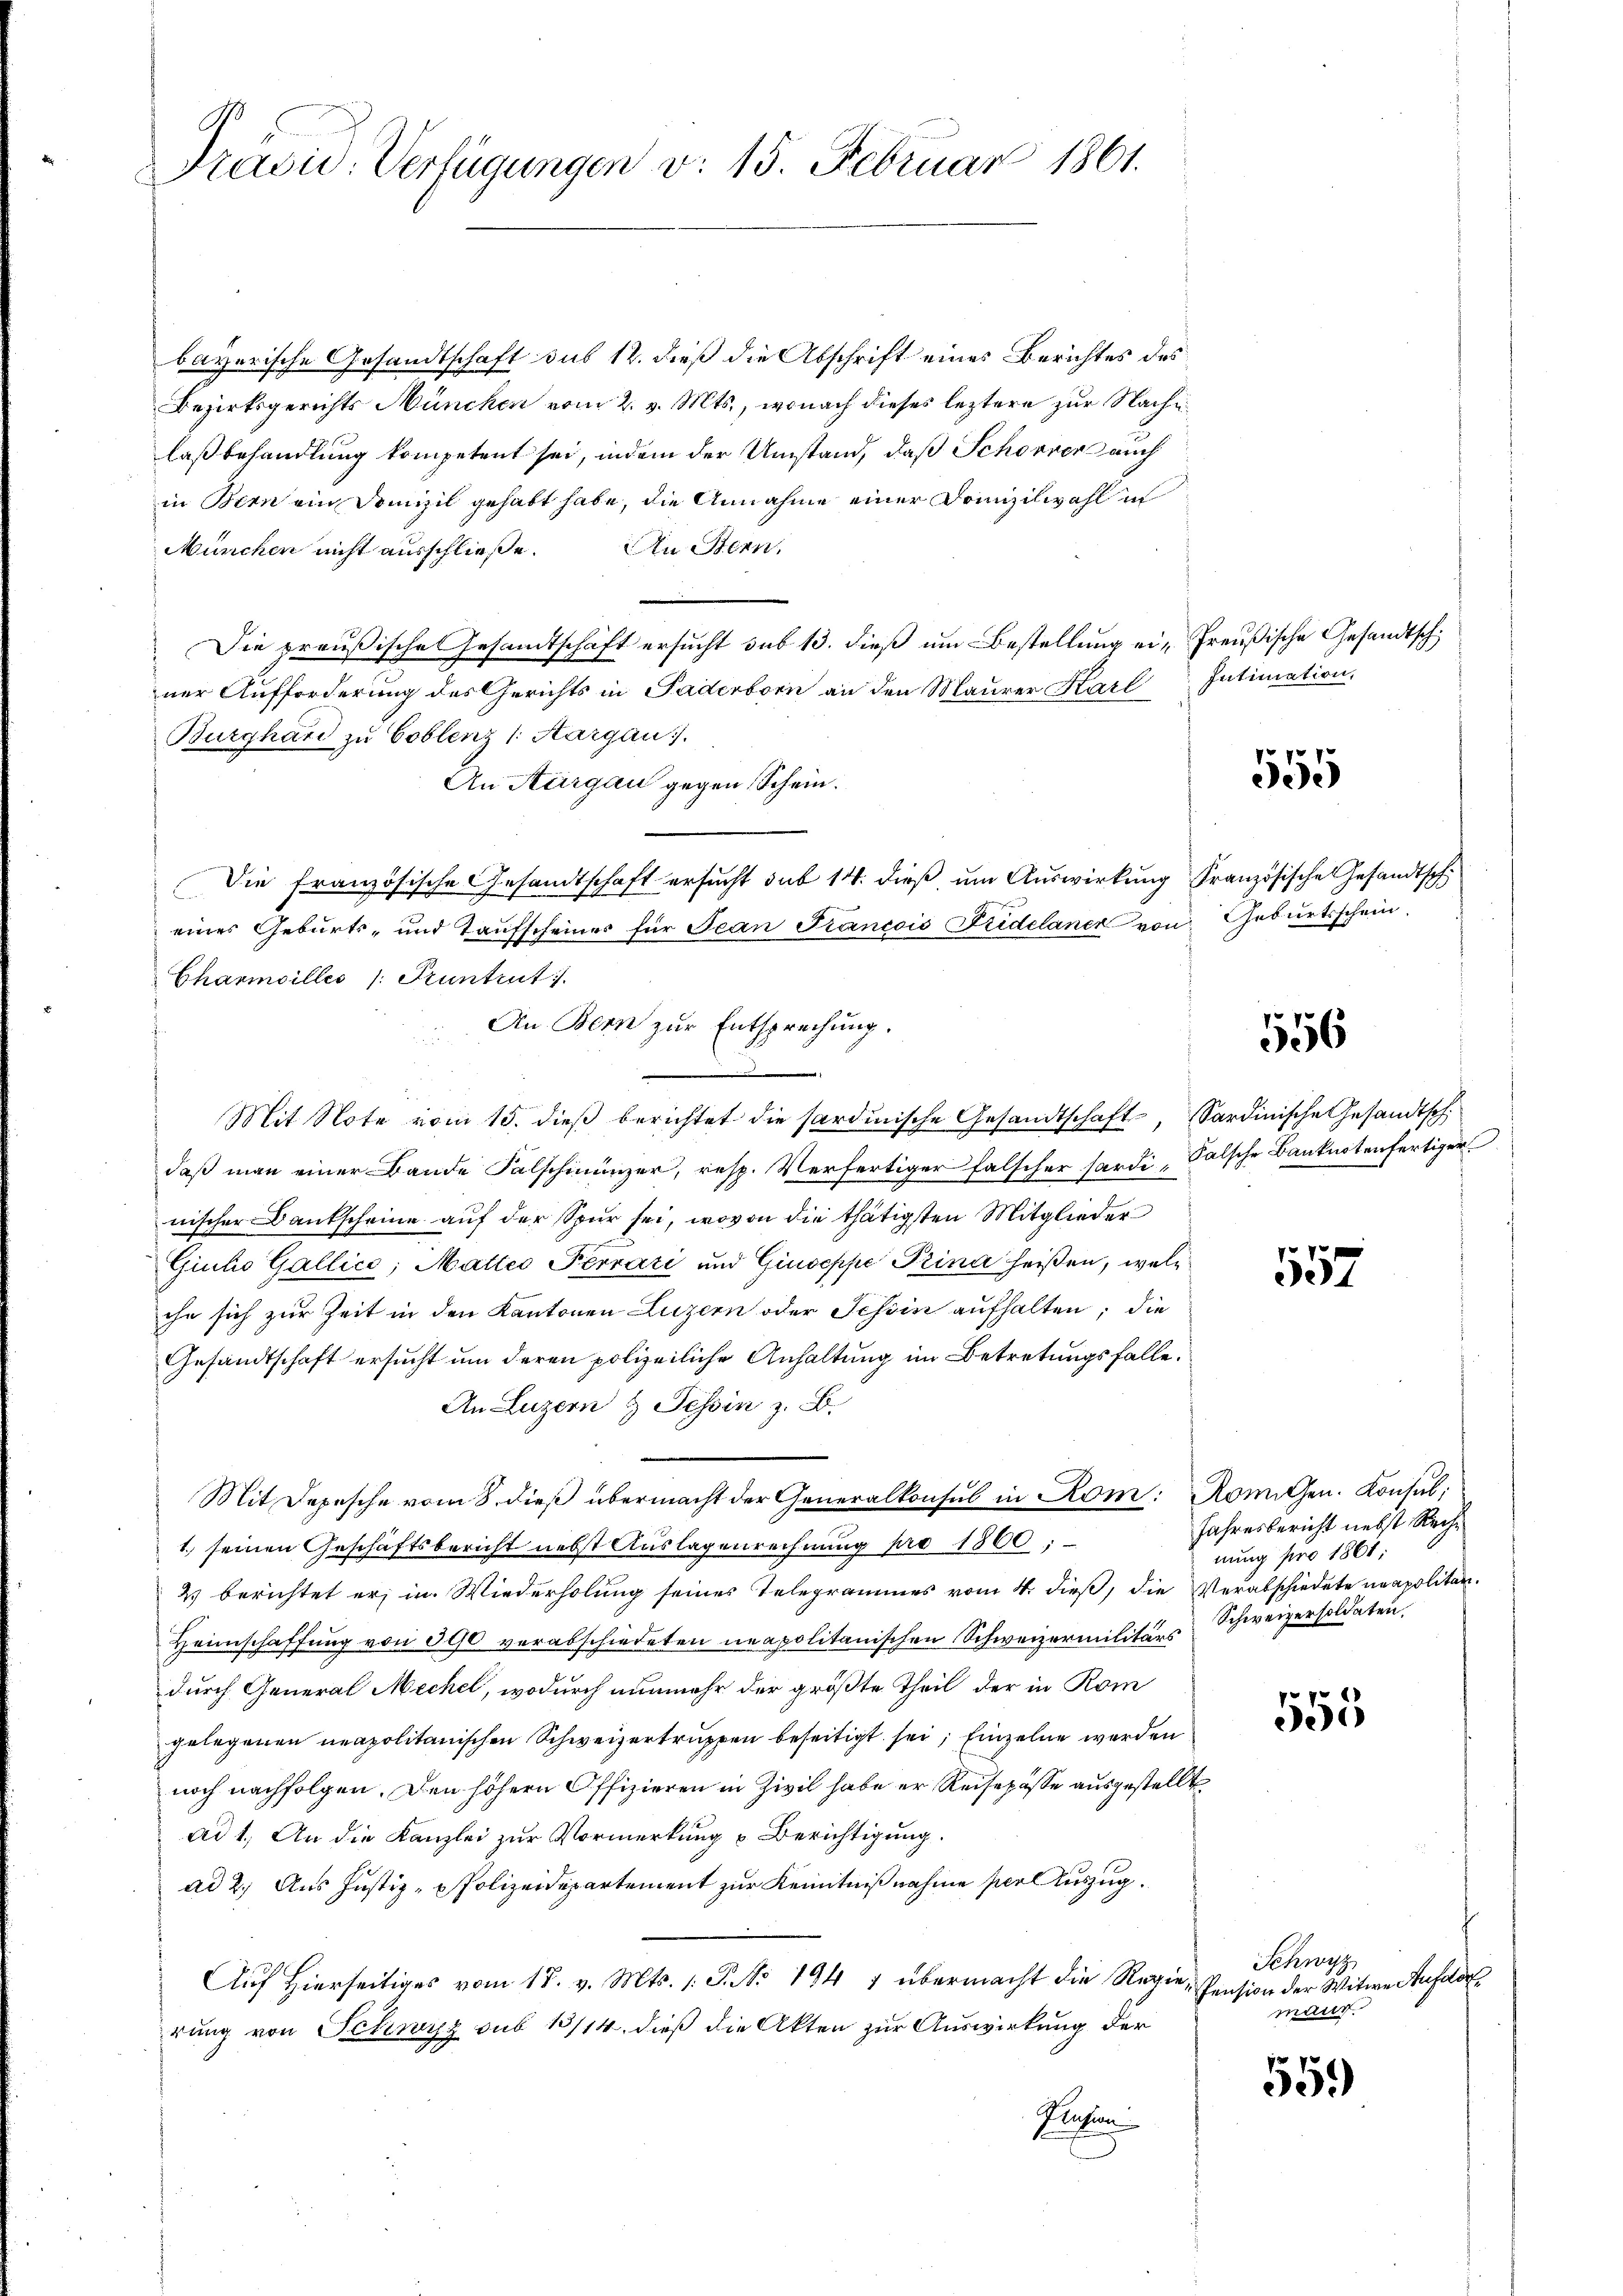
Präsid. Verfügungen v. 15. Februar 1801.

bayerische Gesandtschaft sub 12. dieß die Abschrift eines Berichtes des
Bezirksgerichts München vom 2. v. Mts., wonach dieses leztere zur Nachlaßbehandlung kompetent sei, indem der Umstand, daß Schorner auch
in Bern ein Domizil gehabt habe, die Annahme einer Domizilwahl in
München nicht ausschließe. An Stern
Die preußische Gesamtschaft ersucht sub 13. dieß um Bestellung ei-Preußische Gesandtschner Aufforderung des Gerichts in Paderborn an den Maurer Karl Intimation,
Burghard zu Coblenz /: Aargau.
An Thurgau gegen Schein.
Die französische Gesandtschaft ersucht sub 14. dieß um Auswirkung Französische Gesandtsch
eines Geburts- und Taufscheiner für Jean Francois Fidelaner von Geburtsschein.
Chanmoilles /: Pruntrut
Mit Note vom 15. dieß berichtet die sardinische Gesandtschaft, Sardinische Gesandtsch
daß man einer Bande Falschmünzer, resp. Verfertiger falscher hardi, Falsche Banknotenfertiger
nischer Bankscheine auf der Spur sei, wovon die thätigsten Mitglieder
Giuho Gallice; Matteo Perrari und Giuseppe Prina heißen, welihn sich zur Zeit in den Kantonen Luzern oder Tessin aufhalten; die
Gesandtschaft ersucht um deren polizeiliche Anhaltung im Betretungsfalle.
An Luzern & Tessin z. B.
Mit Depesche vom 8. dieß übermacht der Generalkonsul in Rom: Romigen. Konsul,
1. seinen Geschäftsbericht nebst Auslagenrechnung pro 1800;
2) berichtet er, in Wiederholung seines Telegrammes vom 4. dieß, die Verabschiedete neapolitan¬
Heimschaffung von 390 verabschiedeten neapolitanischen Schweizermilitärs
durch General Mechel, wodurch nunmehr der größte Theil der in Rom
gelegenen neapolitanischen Schweizertruppen beseitigt sei; Einzelne werden
noch nachfolgen. Den höhern Offizieren in Zivil habe er Reisepässe ausgestellt
ad 1. An die Kanzlei zur Vormerkung u Berichtigung.
ad 2. Aus Justiz-Polizeidepartement zur Kenntnißnahme seel Auszug.
Auf Hierseitiges vom 18. v. Mts. 1. P. No 194 1 übermacht die Regierung von Schwyz sub 13/14. dieß die Akten zur Auswirkung der
Plation

An Bern zur Entsprechung.
.

555

556

557

Jahresbericht nebst Rechnung pro 1861:
Schweizersoldaten,

555

Schwyz
Pension der Witwe Aufdor
mant.

55.)